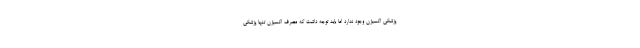
پزشکی اکسیژن وجود ندارد اما باید توجه داشت که مصرف اکسیژن تنها پزشکی